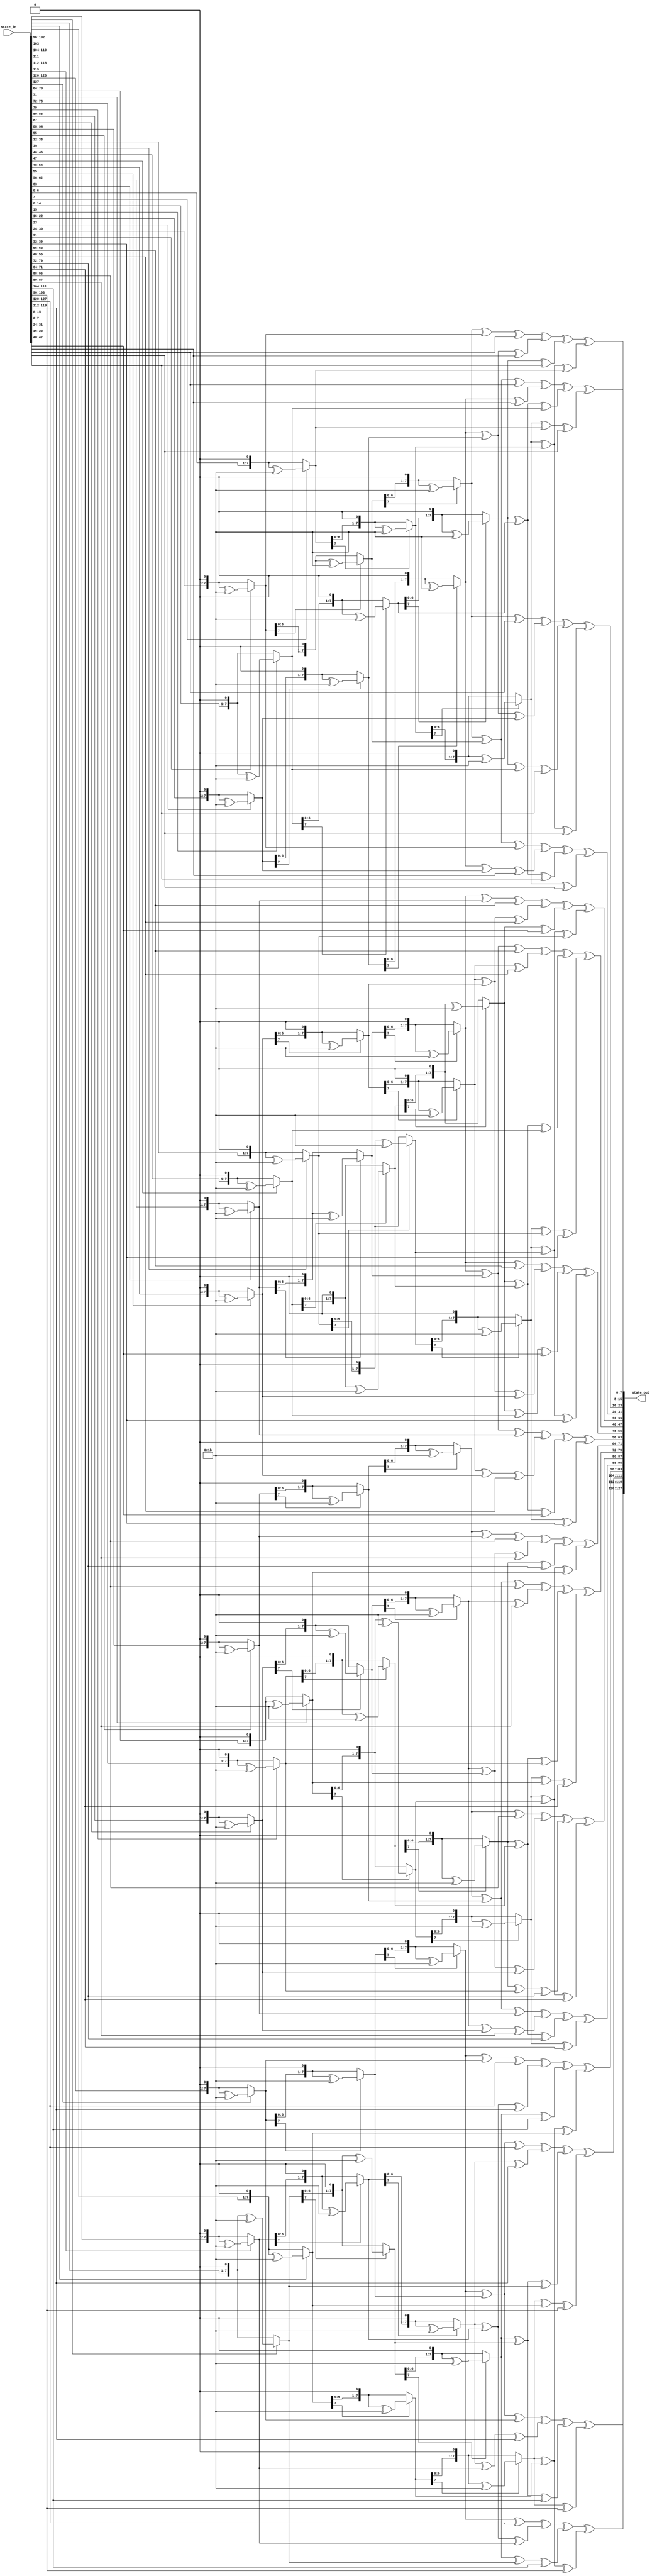
module InvMixColumns(
    input [127:0] state_in,
    output [127:0] state_out
);

    // Function for byte multiplication with 3
    function [7:0] multiply(input [7:0] x, input integer n);
        integer i;
        begin
            for (i = 0; i < n; i = i + 1) begin
                if (x[7] == 1) x = ((x << 1) ^ 8'h1b);
                else x = x << 1;
            end
            multiply = x;
        end
    endfunction

    // MixColumns multiplication functions for specific coefficients
    function [7:0] mb0e(input [7:0] x);
        mb0e = multiply(x, 3) ^ multiply(x, 2) ^ multiply(x, 1);
    endfunction

    function [7:0] mb0d(input [7:0] x);
        mb0d = multiply(x, 3) ^ multiply(x, 2) ^ x;
    endfunction

    function [7:0] mb0b(input [7:0] x);
        mb0b = multiply(x, 3) ^ multiply(x, 1) ^ x;
    endfunction

    function [7:0] mb09(input [7:0] x);
        mb09 = multiply(x, 3) ^ x;
    endfunction

    // Column-wise MixColumns operation
    genvar i;
    generate
        for (i = 0; i < 4; i = i + 1) begin : m_col
            assign state_out[(i * 32 + 24) +: 8] = mb0e(state_in[(i * 32 + 24) +: 8]) ^ mb0b(state_in[(i * 32 + 16) +: 8]) ^ mb0d(state_in[(i * 32 + 8) +: 8]) ^ mb09(state_in[i * 32 +: 8]);
            assign state_out[(i * 32 + 16) +: 8] = mb09(state_in[(i * 32 + 24) +: 8]) ^ mb0e(state_in[(i * 32 + 16) +: 8]) ^ mb0b(state_in[(i * 32 + 8) +: 8]) ^ mb0d(state_in[i * 32 +: 8]);
            assign state_out[(i * 32 + 8) +: 8] = mb0d(state_in[(i * 32 + 24) +: 8]) ^ mb09(state_in[(i * 32 + 16) +: 8]) ^ mb0e(state_in[(i * 32 + 8) +: 8]) ^ mb0b(state_in[i * 32 +: 8]);
            assign state_out[i * 32 +: 8] = mb0b(state_in[(i * 32 + 24) +: 8]) ^ mb0d(state_in[(i * 32 + 16) +: 8]) ^ mb09(state_in[(i * 32 + 8) +: 8]) ^ mb0e(state_in[i * 32 +: 8]);
        end
    endgenerate

endmodule